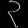
Digit: ၃